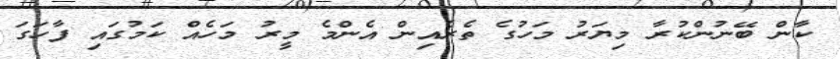
ކާން ބޭނުންކުރާ މިޔަރު މަހުގެ ތެރެއިން އެންމެ މީރު މަހެއް ކަމުގައި ފާހަގަ